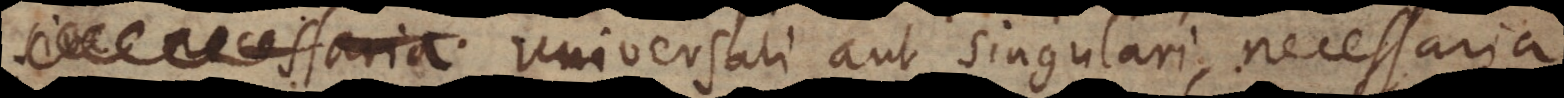
sive necessaria universali aut singulari, necessaria